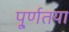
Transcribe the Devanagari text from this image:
पू्र्णतया